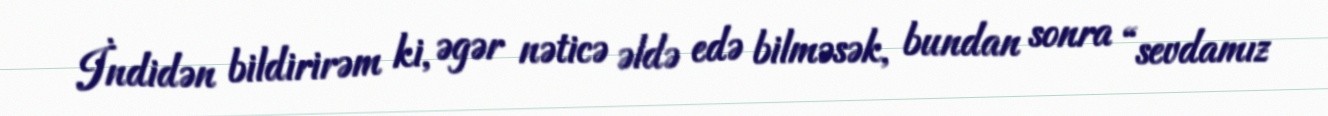
İndidən bildirirəm ki, əgər nəticə əldə edə bilməsək, bundan sonra “sevdamız